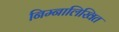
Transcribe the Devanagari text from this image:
निम्नालिखित